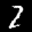
Label: 2